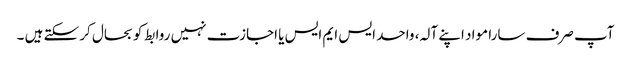
آپ صرف سارا مواد اپنے آلہ، واحد ایس ایم ایس یا اجازت نہیں روابط کو بحال کر سکتے ہیں ۔